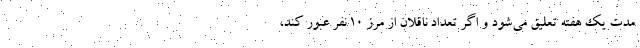
مدت یک هفته تعلیق می‌شود و اگر تعداد ناقلان از مرز ۱۰ نفر عبور کند،